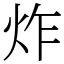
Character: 炸